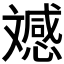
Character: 𭤚